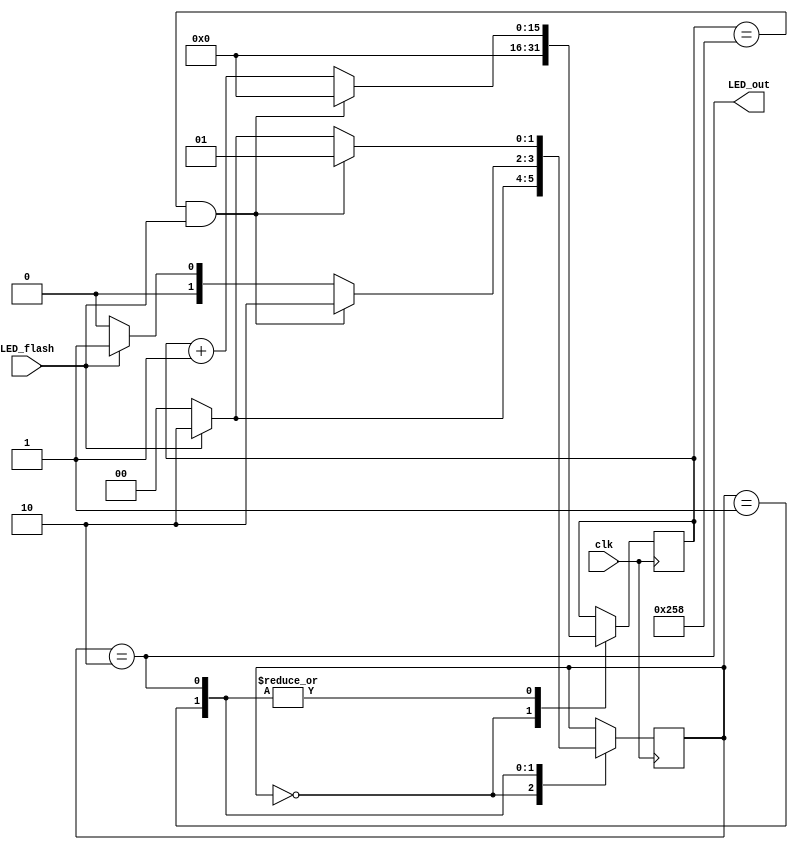
module led_flasher
          (
           clk,
			  LED_flash,
			  LED_out
          );
input clk;
input LED_flash;
output LED_out;
parameter HIGH_PERIOD = 600; 
parameter LOW_PERIOD = 600; 
parameter s_reset = 2'd0;
parameter s_off = 2'd1;
parameter s_on = 2'd2;
reg[15:0] cnt = 0;
reg [1:0] state = 2'd0;
always @(posedge clk) begin
		case(state)
			s_reset:
				begin
					cnt  <= 16'd0;
					state <= (LED_flash) ? s_on : s_reset;
				end
			s_off: 
				begin
					state <= (cnt == LOW_PERIOD && LED_flash) ? s_on : 
								(!LED_flash) ? s_reset : 
								s_off;
					cnt <= (cnt == LOW_PERIOD && LED_flash) ? 16'd0 : cnt + 16'd1;
				end
			s_on: 
				begin
					state <= (cnt == HIGH_PERIOD && LED_flash) ? s_off : 
								(!LED_flash) ? s_reset : 
								s_on;
					cnt <= (cnt == HIGH_PERIOD && LED_flash) ? 16'd0 : cnt + 16'd1;
				end
		endcase
end
assign LED_out = (state == s_on);
endmodule